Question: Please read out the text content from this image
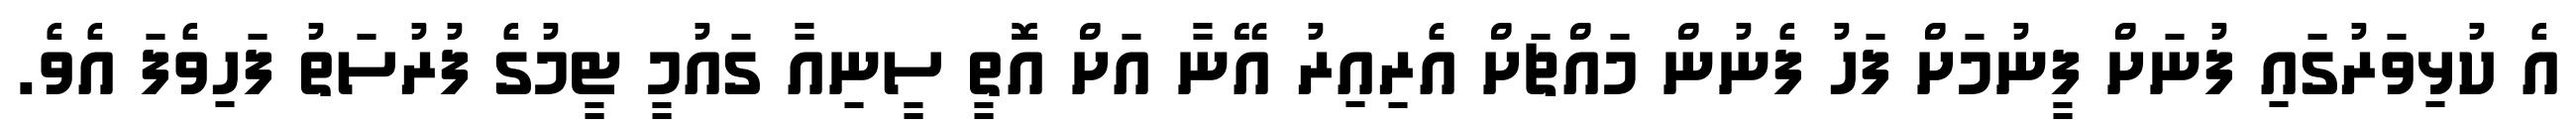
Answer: އެ ކުޅިވަރުގައި ފުނަށް ފީނުމަށް ފަހު ފެނުން މައްޗަށް އެރިއިރު އޭނާ އަށް އޮތީ ސީނިއާ ގައުމީ ޓީމުގެ ފުރުސަތު ފަހިވެފަ އެވެ.